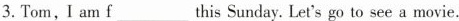
3. Tom, I am f___ this Sunday. Let's go to see a movie.